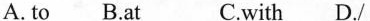
A.to B.At C.with D./